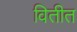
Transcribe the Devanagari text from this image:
वितीत